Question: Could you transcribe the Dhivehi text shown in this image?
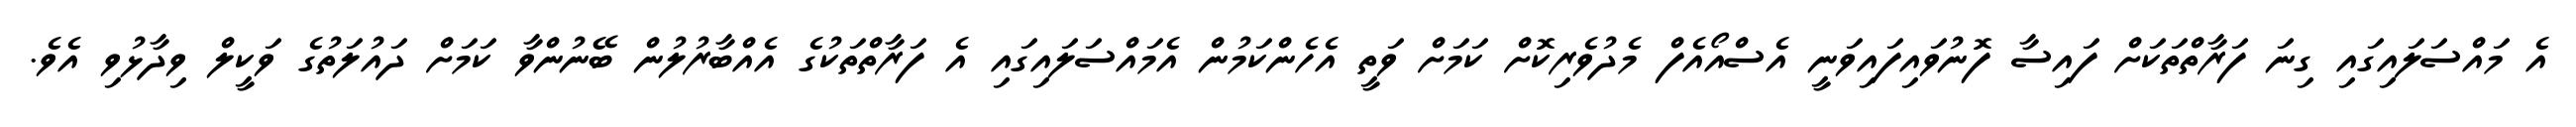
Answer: އެ މައްސަލައިގައި ގިނަ ފަރާތްތަކަށް ފައިސާ ފޮނުވައިފައިވަނީ އެސްއޯއެފް މެދުވެރިކޮށް ކަމަށް ވަތީ އެހެންކަމުން އެމައްސަލައިގައި އެ ފަރާތްތަކުގެ އެއްބާރުލުން ބޭނުންވާ ކަމަށް ދައުލަތުގެ ވަކީލް ވިދާޅުވި އެވެ.